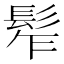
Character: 𩬟